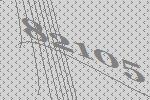
82105